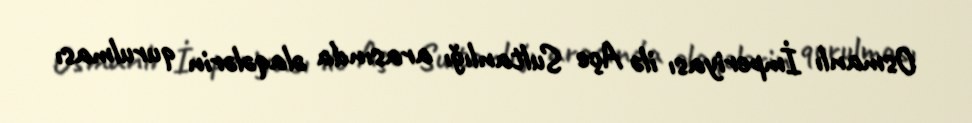
Osmanlı İmperiyası ilə Açe Sultanlığı arasında əlaqələrin qurulması